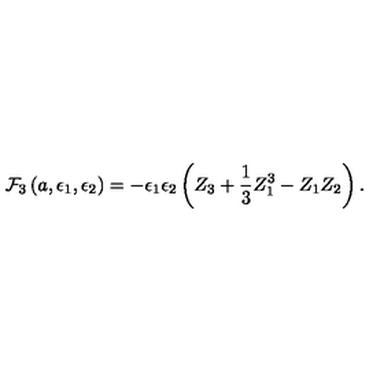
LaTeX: { \cal F } _ { 3 } \left( a , \epsilon _ { 1 } , \epsilon _ { 2 } \right) = - \epsilon _ { 1 } \epsilon _ { 2 } \left( Z _ { 3 } + \frac { 1 } { 3 } Z _ { 1 } ^ { 3 } - Z _ { 1 } Z _ { 2 } \right) .